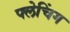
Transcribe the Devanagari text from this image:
फ्लेचिंग